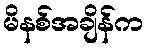
မိနစ်အချိန်က